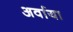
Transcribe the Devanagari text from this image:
अर्वाया